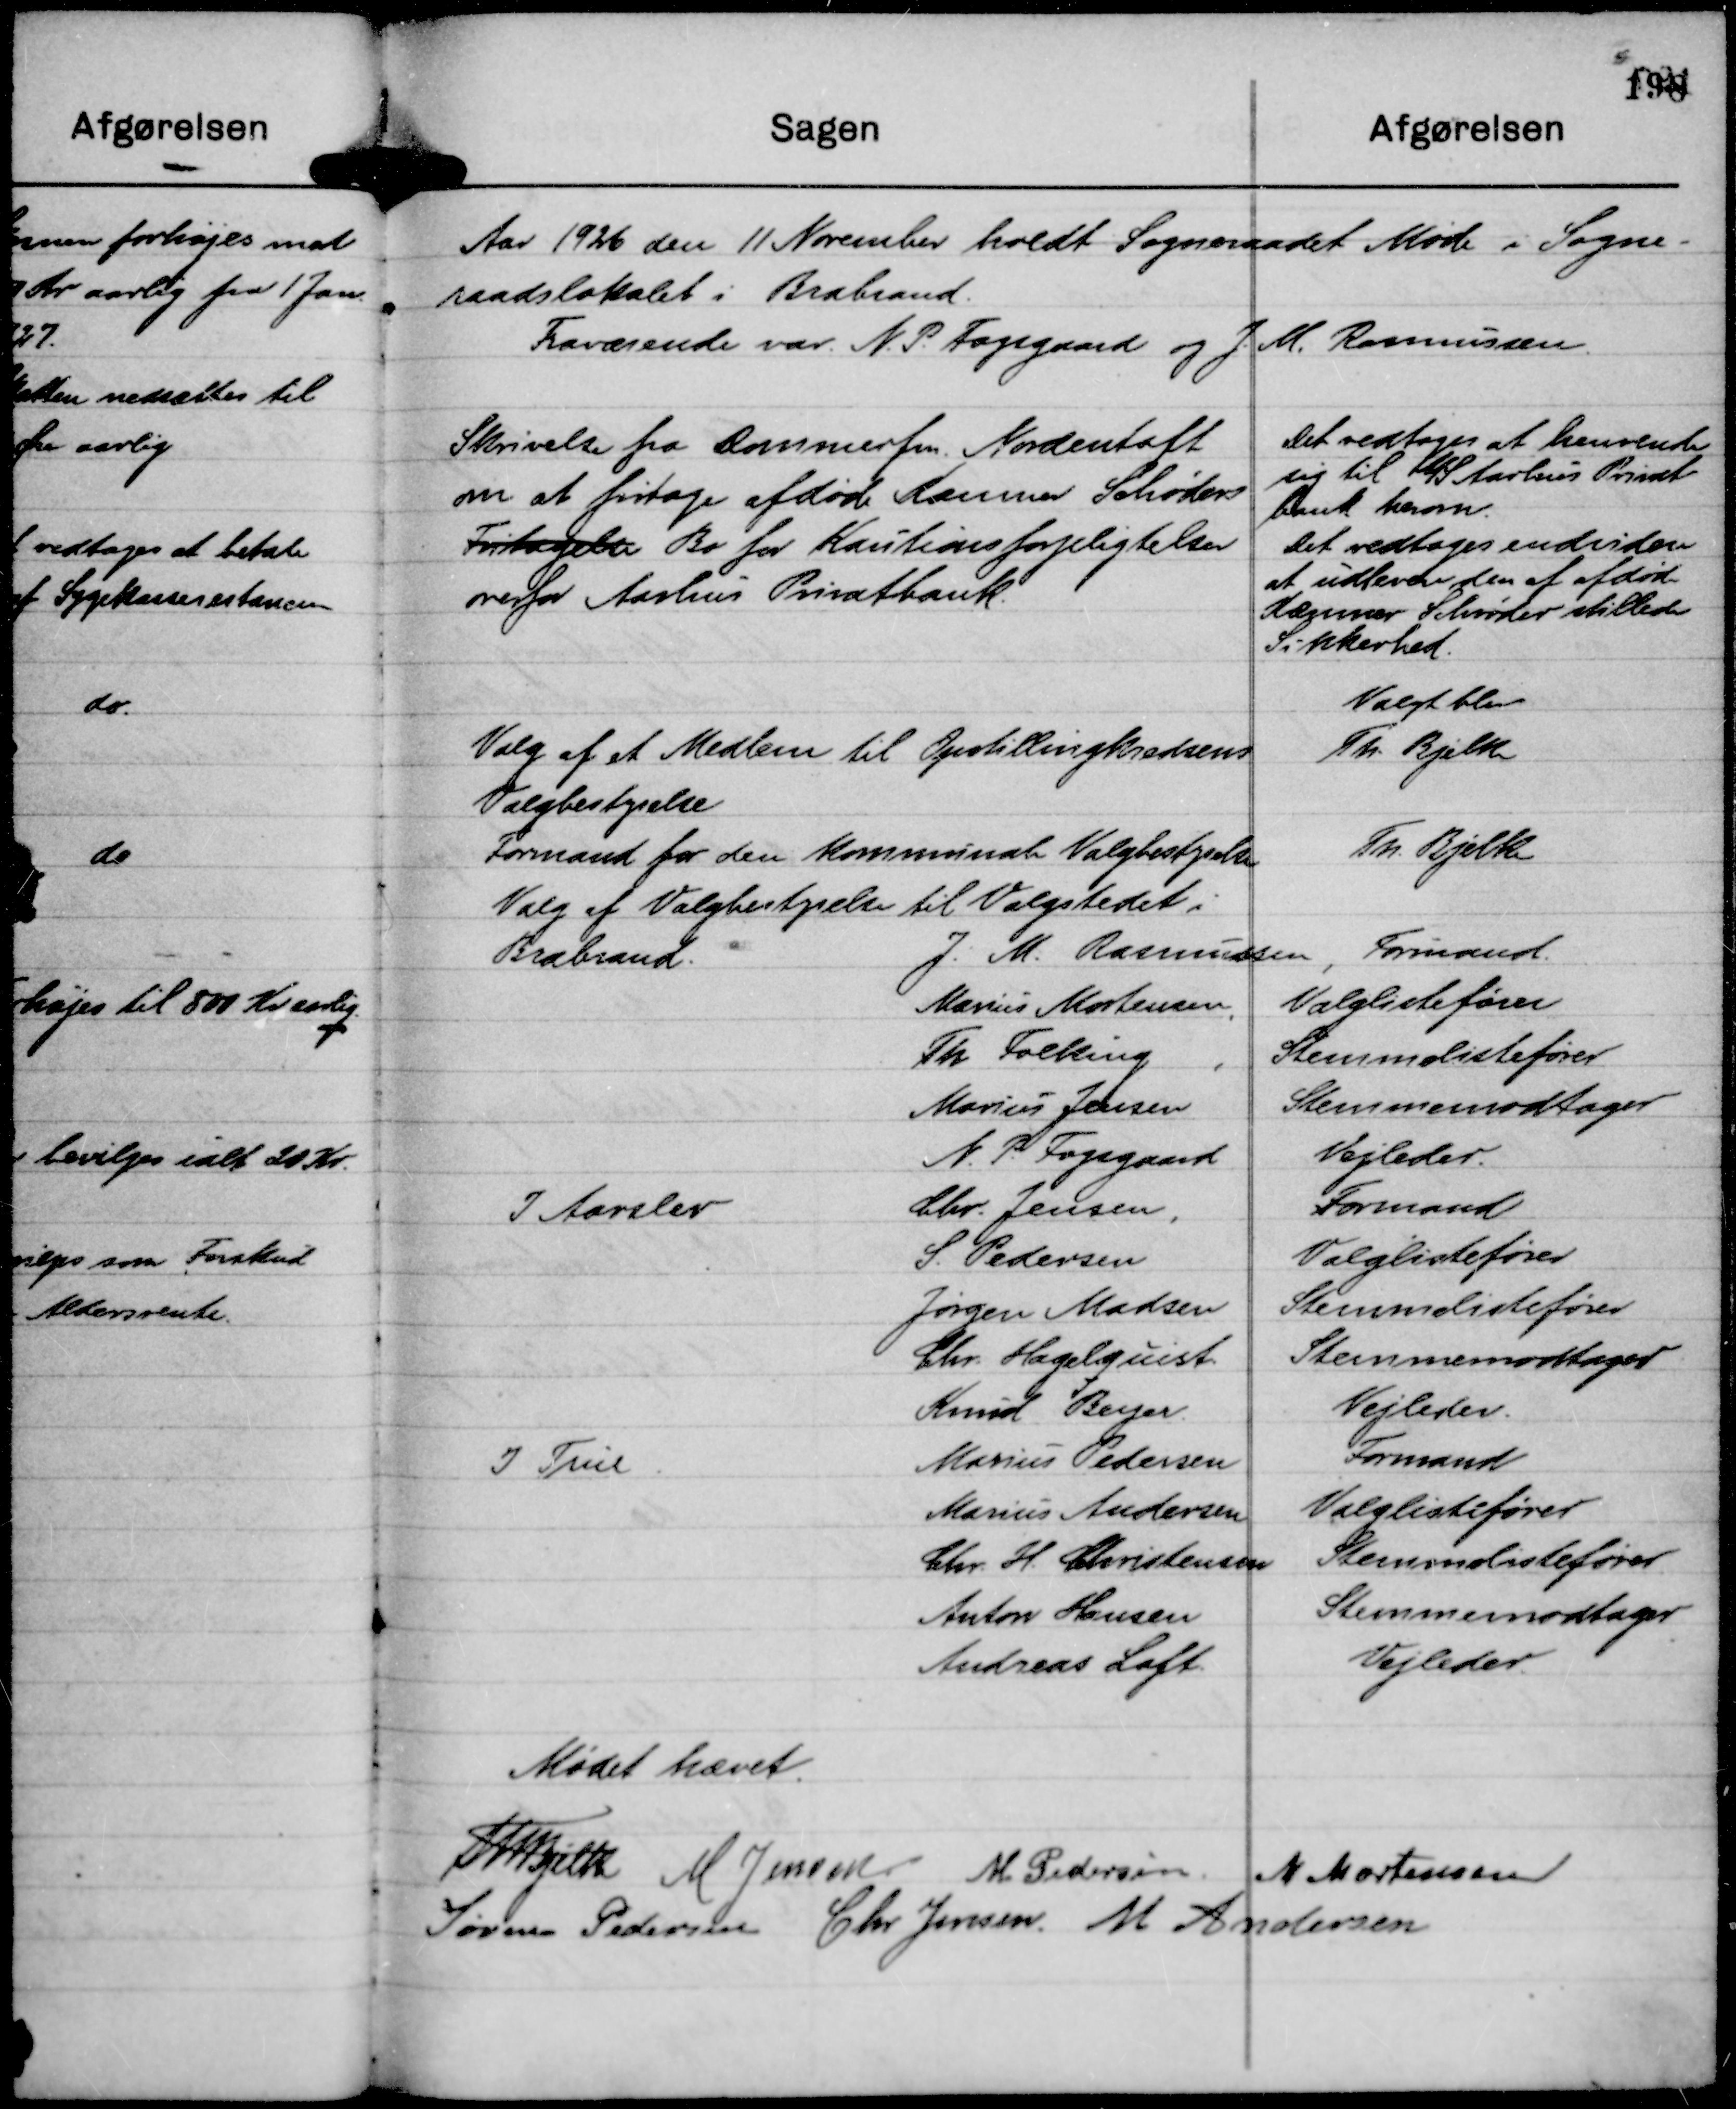
Transskription:
Aar 1926 den 11 November holdt Sogneraadet Møde i Sogne-
raadslokalet i Brabrand.
Fraværende var. N. P. Fogsgaard og J. M. Rasmussen.

Skrivelse fra Dommerfm. Nordentoft
om at fritage afdøde Kæmner Schrøders
Fritagelse Bo for Kautionsforpligtelser
overfor Aarhus Privatbank.

Det vedtoges at henvende
sig til A/S Aarhus Privat-
bank herom.
Det vedtoges endvidere
at udlevere den af afdøde
Kæmner Schrøder stillede
Sikkerhed.

Mødet hævet.
Th Bjelke
M. Jensen.
M Pedersen.
M Mortensen
Søren Pedersen
Chr Jensen
M Andersen